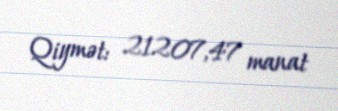
Qiymət: 21207,47 manat